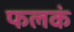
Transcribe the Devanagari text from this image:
फलकं